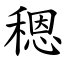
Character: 䅰